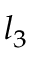
l _ { 3 }